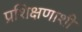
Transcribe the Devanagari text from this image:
प्रशिक्षणाशी